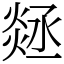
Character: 㷥